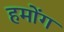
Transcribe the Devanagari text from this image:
हमोंग